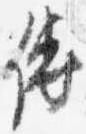
傅